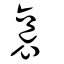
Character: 裛